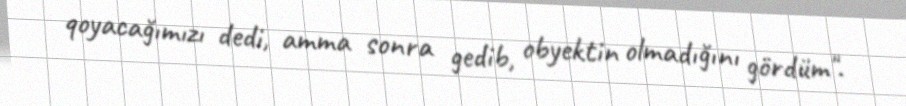
qoyacağımızı dedi, amma sonra gedib, obyektin olmadığını gördüm".